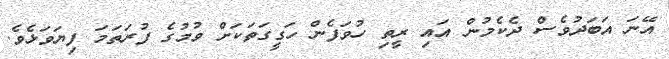
އޭނަ އަބަދުވެސް ދެކެމުން އައި ރީތި ހުވަފެން ހަގީގަތަކަށް ވުމުގެ ފުރަތަމަ ފިޔަވަޅެވެ.